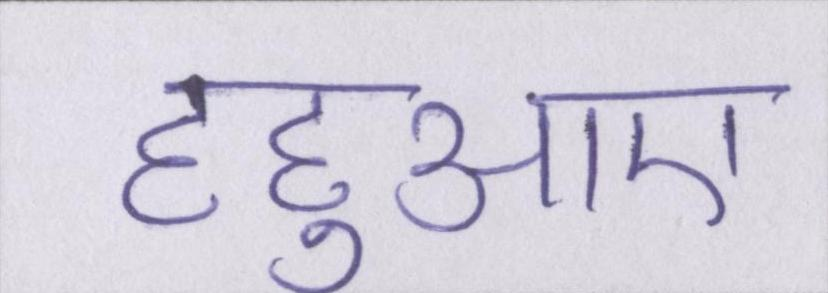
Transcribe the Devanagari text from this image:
हहुआए